Vaccine operations Central Provinces & Berar 1912-1920 - 1912-1920
Year: 1912
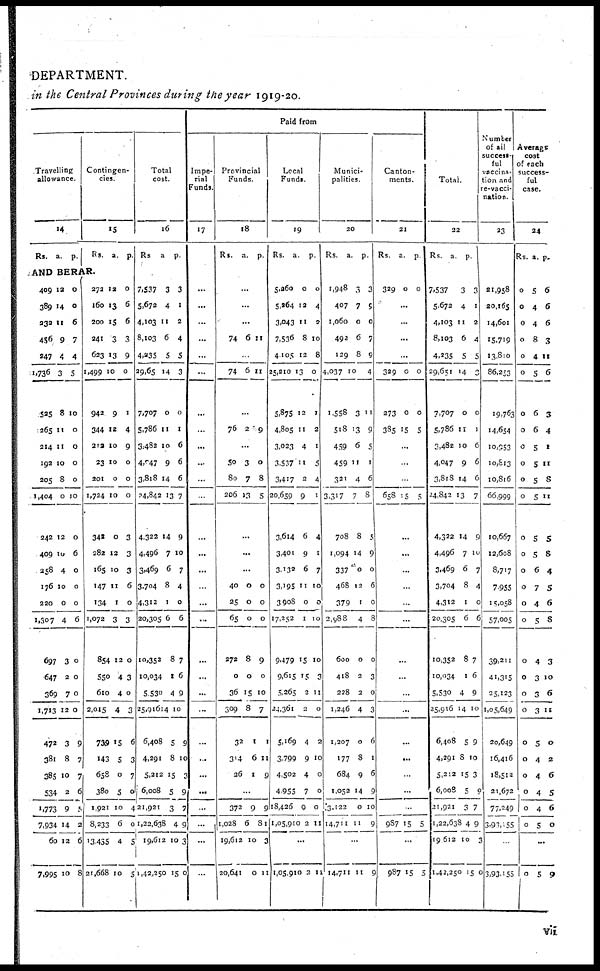
DEPARTMENT.
in the Central Provinces during the year 1919-20.
Travelling
allowance.
14
Rs. a. p.
Contingen-
cies.
15
Rs. a. p.
AND BERAR.
409
389
232
456
247
1,736
525
265
214
192
205
1,404
242
409
258
176
220
1,307
697
647
369
1,713
472
381
385
534
1,773
7,934
60
7,995
12
14
11
9
4
3
8
11
11
10
8
0
12
10
4
10
0
4
3
2
7
12
3
8
10
2
9
14
12
10
0
0
6
7
4
5
10
0
0
0
0
10
0
6
0
0
0
6
0
0
0
0
9
7
7
6
5
2
6
8
272
160
200
241
623
1,499
942
344
212
23
201
1,724
342
282
165
147
134
1,072
854
550
610
2,015
739
143
658
380
1,921
8,233
13,435
21,668
12
13
15
3
13
10
9
12
10
10
0
10
0
12
10
11
1
3
12
4
4
4
15
5
0
5
10
6
4
10
0
6
6
3
9
0
1
4
9
0
0
0
3
3
3
6
0
3
0
3
0
3
6
3
7
0
4
0
5
5
Total
cost.
16
Rs. a. p.
7,537
5,672
4,103
8,103
4,235
29,65
7,707
5,786
3,482
4,047
3,818
24,842
4,322
4,496
3,469
3,704
4,312
20,305
10,352
10,034
5,530
25,916
6,408
4,291
5,212
6,008
21,921
1,22,638
19,612
1,42,250
3
4
11
6
5
14
0
11
10
9
14
13
14
7
6
8
1
6
8
1
4
14
5
8
15
5
3
4
12
15
3
1
2
4
5
3
0
1
6
6
6
7
9
10
7
4
0
6
7
6
9
10
9
10
3
9
7
9
3
0
Paid From
Impe¬
rial
Funds.
17
...
...
...
...
...
...
...
...
...
...
...
...
...
...
...
...
...
...
...
...
...
...
...
..
...
...
...
...
...
...
Provincial
Funds.
18
Rs. a. p.
...
...
...
74 6 11
...
74 6 11
...
76 2 9
...
50
80
206
3
7
13
0
8
5
...
...
...
40
25
65
272
0
36
309
32
314
26
0
0
0
8
0
15
8
1
6
1
0
0
0
9
0
10
7
1
11
9
...
372
1,028
19,612
20,641
9
6
10
0
9
81
3
11
Local
Funds.
19
Rs.
a. p.
5,260
5,264
3,043
7,536
4,105
25,210
5,875
4,805
3,023
3,537
3,417
20,659
3,614
3,401
3,132
3,195
3,908
17,252
9,479
9,615
5,265
24,361
5,169
3,799
4,502
4,955
18,426
1,05,910
0
12
11
8
12
13
12
11
4
11
2
9
6
9
6
11
0
1
15
15
2
2
4
9
4
7
9
2
0
4
2
10
8
0
1
2
1
5
4
1
4
1
7
10
0
10
10
3
11
0
2
10
0
0
0
11
...
1,05,910 2 11
Munici-
palities.
20
Rs.
a.
p.
1,948
407
1,060
492
129
4,037
1,558
518
459
459
321
3,317
708
1,094
337
468
379
2,988
600
418
228
1,246
1,207
177
684
1,052
3,122
14,711
3
7
0
6
8
10
3
13
6
11
4
7
8
14
0
12
1
4
0
2
2
4
0
8
9
14
0
11
3
9
0
7
9
4
11
9
5
1
6
8
5
9
0
6
0
8
0
3
0
3
6
1
6
9
10
9
...
14,711 11
9
Canton-
ments.
21
Rs. a. p.
329 0
0
...
...
...
...
329
273
385
0
0
15
0
0
5
...
...
...
658 15 5
...
...
...
...
...
...
...
...
...
...
...
...
...
...
..
987 15 5
...
987 15 5
Total.
22
Rs.
a.
Number
of all
success-
ful
vaccina-
tion and
re-vacci¬
nation.
23
p.
7,537
5,672
4,103
8,103
4,235
29,651
7,707
5,786
3,482
4,047
3,818
24,842
4,322
4,496
3,469
3,704
4,312
20,305
10,352
10,034
5,530
25,916
6,408
4,291
5,212
6,008
21,921
1,22,638
19,612
1,42,250
3
4
11
6
5
14
0
11
10
9
14
13
14
7
6
8
1
6
8
1
4
4
5
8
15
5
3
4
10
15
3
1
2
4
5
3
0
1
6
6
6
7
9
10
7
4
0
6
7
6
9
10
9
10
3
9
7
9
3
0
21,958
20,165
14,601
15,719
13,810
86,253
19,763
14,654
10,953
10,813
10,816
66,999
10,667
12,608
8,717
7,955
15,058
57,005
39,211
41,315
25,123
1,05,649
20,649
16,416
18,512
21,672
77,249
3,93,155
...
3,93,155
Average
cost
of each
success-
ful
case.
24
Rs. a. p.
0
0
0
0
0
0
0
0
0
0
0
0
0
0
0
0
0
0
0
0
0
0
0
0
0
0
0
0
5
4
4
8
4
5
6
6
5
5
5
5
5
5
6
7
4
5
4
3
3
3
5
4
4
4
4
5
6
6
6
3
11
6
3
4
1
11
8
11
5
8
4
5
6
8
3
10
6
11
0
2
6
5
6
0
...
0
5 9
vii